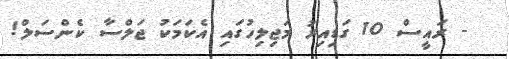
- ރައީސް 10 ގަޑިއިރު މަޖިލިހުގައި އެކަމަކު ޖަލްސާ ކެންސަލް!